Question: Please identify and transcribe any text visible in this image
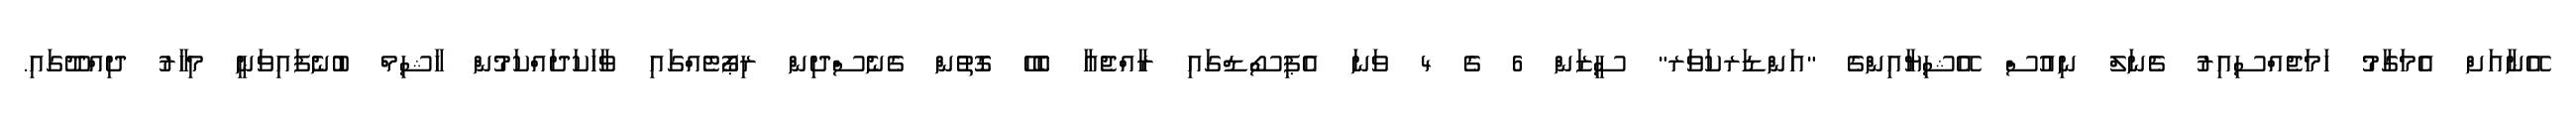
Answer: އޭނާއަށް އެމަގާމު ހަމަޖެއްސިއިރު ޗެނަލް ނިއުސް އޭޝިޔާއިންގެ "އަންޑަރކަވަރ" ސީޒަން 6 ގެ 4 ވަނަ އެޕިސޯޑްގައި ރާއްޖެއާ ބެހޭ ގޮތުން ގެނެސްދިން ރިޕޯޓެއްގައި ވާހަކަދައްކަމުން ހާޝިމް ބުނެފައިވަނީ މިހާރު ދިއްދޫގައި.